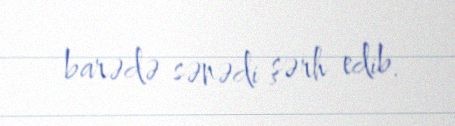
barədə sənədi şərh edib.